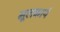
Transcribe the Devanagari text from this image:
मूलकार्य